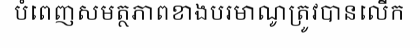
បំពេញសមត្ថភាពខាងបរមាណូត្រូវបានលើក